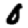
Digit: 0